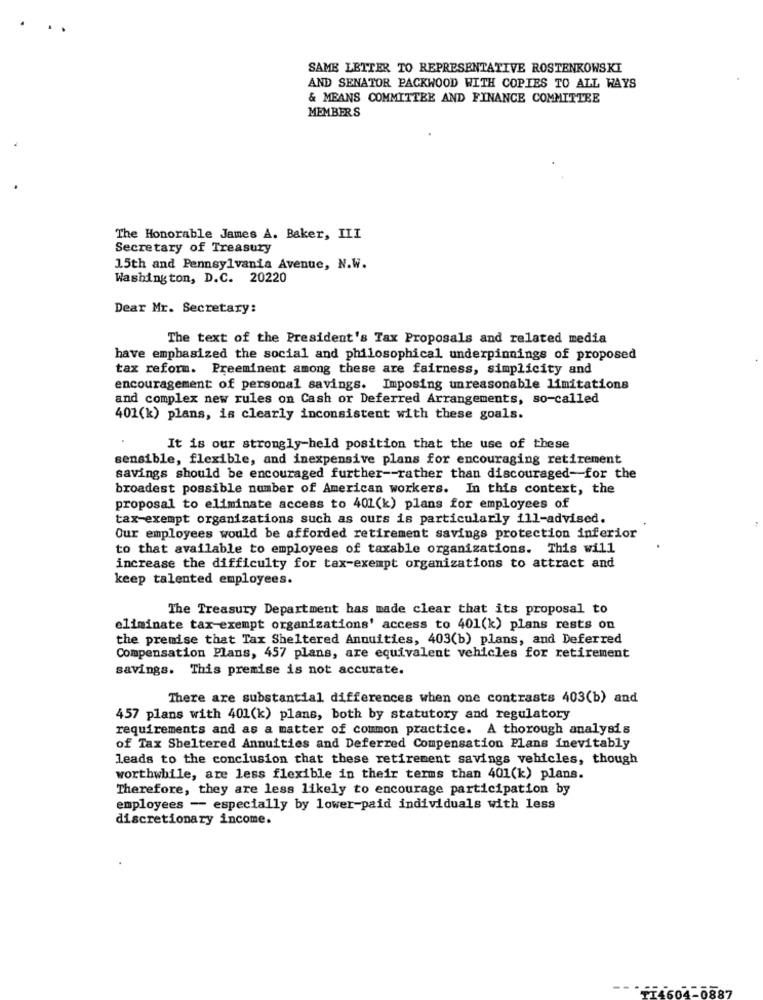
...
SAME LETTER TO REPRESENTATIVE ROSTENKOWSKI
AND SENATOR PACKWOOD WITH COPIES TO ALL WAYS
& MEANS COMMITTEE AND FINANCE COMMITTEE
MEMBERS
The Honorable James A. Baker, III
Secretary of Treasury
15th and Pennsylvania Avenue, N.W.
Washington, D.C. 20220
Dear Mr. Secretary:
The text of the President's Tax Proposals and related media
have emphasized the social and philosophical underpinnings of proposed
tax reform. Preeminent among these are fairness, simplicity and
encouragement of personal savings. Imposing unreasonable limitations
and complex new rules on Cash or Deferred Arrangements, so-called
401(k) plans, is clearly inconsistent with these goals.
It is our strongly-held position that the use of these
sensible, flexible, and inexpensive plans for encouraging retirement
savings should be encouraged further -- rather than discouraged-for the
broadest possible number of American workers. In this context, the
proposal to eliminate access to 401(k) plans for employees of
tax-exempt organizations such as ours is particularly ill-advised.
Our employees would be afforded retirement savings protection inferior
to that available to employees of taxable organizations. This will
increase the difficulty for tax-exempt organizations to attract and
keep talented employees.
The Treasury Department has made clear that its proposal to
eliminate tax exempt organizations' access to 401(k) plans rests on
the premise that Tax Sheltered Annuities, 403(b) plans, and Deferred
Compensation Plans, 457 plans, are equivalent vehicles for retirement
savings. This premise is not accurate.
There are substantial differences when one contrasts 403(b) and
457 plans with 401(k) plans, both by statutory and regulatory
requirements and as a matter of common practice. A thorough analysis
of Tax Sheltered Annuities and Deferred Compensation Plans inevitably
leads to the conclusion that these retirement savings vehicles, though
worthwhile, are less flexible in their terms than 401(k) plans.
Therefore, they are less likely to encourage participation by
employees -- especially by lower-paid individuals with less
discretionary income.